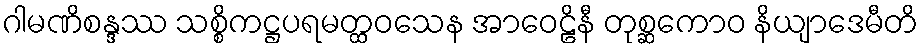
ဂါမဏိစန္ဒဿ သစ္စိကဋ္ဌပရမတ္ထဝသေန အာဝေဠိနီ တုစ္ဆကောဝ နိယျာဒေမီတိ